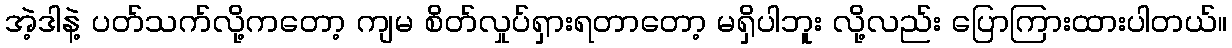
အဲ့ဒါနဲ့ ပတ်သက်လို့ကတော့ ကျမ စိတ်လှုပ်ရှားရတာတော့ မရှိပါဘူး လို့လည်း ပြောကြားထားပါတယ်။